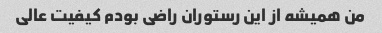
من همیشه از این رستوران راضی بودم کیفیت عالی